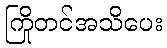
ကြိုတင်အသိပေး